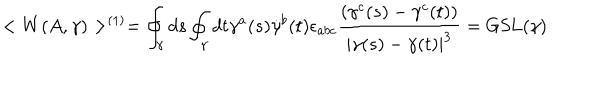
LaTeX: < W ( A , \gamma ) > ^ { ( 1 ) } = \oint _ { \gamma } d s \oint _ { \gamma } d t \dot { \gamma } ^ { a } ( s ) \dot { \gamma } ^ { b } ( t ) \epsilon _ { a b c } { \frac { ( \gamma ^ { c } ( s ) - \gamma ^ { c } ( t ) ) } { | \gamma ( s ) - \gamma ( t ) | ^ { 3 } } } = \mathrm { G S L } ( \gamma )